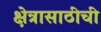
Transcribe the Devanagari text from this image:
क्षेत्रासाठीची